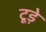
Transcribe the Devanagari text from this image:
टूड़े